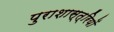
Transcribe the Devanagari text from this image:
पुराशास्त्रियों